Medical and sanitary report of the native army of Bengal for the year
Year: 1876
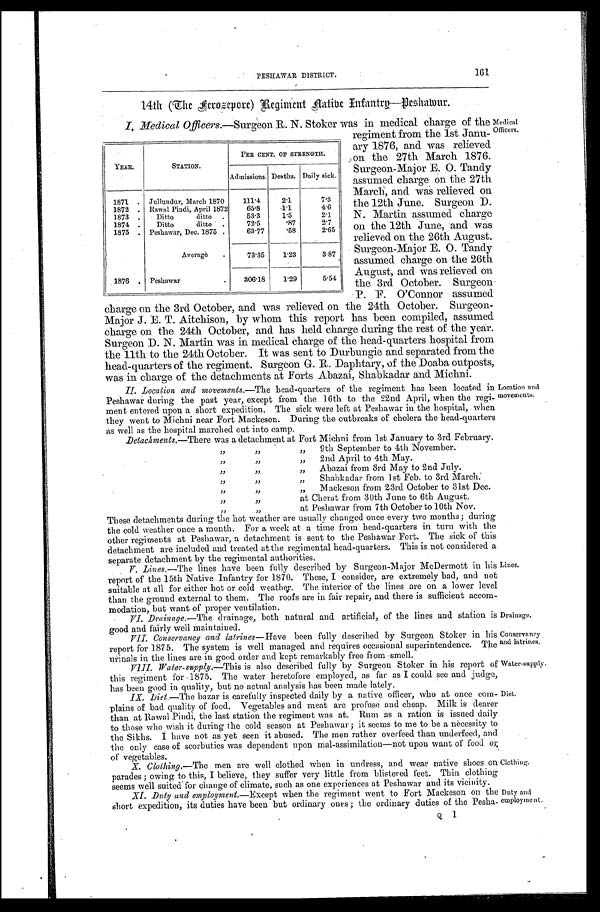
PESHAWAR DISTRICT.
161
14th (The Aerozepore) Regiment Native Infantry—Peshwar.
I. Medical Officers.—Surgeon R. N. Stoker was in medical charge of the
regiment from the 1st Janu
- ary 1876, and was relieved
on the 27th March 1876.
Surgeon-Major E. O. Tandy
assumed charge on the 27th
March, and was relieved on
the 12th June. Surgeon D.
N. Martin assumed charge
on the 12th June, and was
relieved on the 26th August.
Surgeon-Major E. O. Tandy
assumed charge on the 26th
August, and was relieved on
the 3rd October. Surgeon
P. F. O'Connor assumed
charge on the 3rd October, and was relieved on the 24th October. Surgeon-
Major J. E. T. Aitchison, by whom this report has been compiled, assumed
charge on the 24th October, and has held charge during the rest of the year.
Surgeon D. N. Martin was in medical charge of the head-quarters hospital from
the 11th to the 24th October. It was sent to Durbungie and separated from the
head-quarters of the regiment. Surgeon G. R. Daphtary, of the Doaba outposts,
was in charge of the detachments at Forts Abazai, Shabkadar and Michni.
II. Location and movements. —The head-quarters of the regiment has been located in
Peshawar during the past year, except from the 16th to the 22nd April, when the regi
-ment entered upon a short expedition. The sick were left at Peshawar in the hospital, when
they went to Michni near Fort Mackeson. During the outbreaks of cholera the head-quarters
as well as the hospital marched out into camp.
Detachments.—There was a detachment at Fort Michni from 1st January to 3rd February.
„ „ „ 9th September to 4th November.
„ „ „ 2nd April to 4th May.
„ „ „ A b a z a i f r o m 3 r d M a y t o 2 n d J u l y .
„ „ „ Shabkadar from 1st Feb. to 3rd March.
„ „ „ M a c k e s o n f r o m 2 3 r d O c t o b e r t o 3 1 s t D e c .
„ „ a t C h e r a t f r o m 3 0 t h J u n e t o 6 t h A u g u s t .
„ „ at Peshawar from 7th October to 10th Nov.
These detachments during the hot weather are usually changed once every two months; during
the cold weather once a month. For a week at a time from head-quarters in turn with the
other regiments at Peshawar, a detachment is sent to the Peshawar Fort. The sick of this
detachment are included and treated at the regimental head-quarters. This is not considered a
separate detachment by the regimental authorities.
V. Lines.—The lines have been fully described by Surgeon-Major McDermott in his
report of the 15th Native Infantry for 1870. These, I consider, are extremely bad, and not
suitable at all for either hot or cold weather. The interior of the lines are on a lower level
than the ground external to them. The roofs are in fair repair, and there is sufficient accom
-modation, but want of proper ventilation.
VI. Drainage. —The drainage, both natural and artificial, of the lines and station is
good and fairly well maintained.
VII. Conservancy and latrines—Have been fully described by Surgeon Stoker in his
report for 1875. The system is well managed and requires occasional superintendence. The
urinals in the lines are in good order and kept remarkably free from smell.
VIII. Water-supply. —This is also described fully by Surgeon Stoker in his report of
this regiment for 1875. The water heretofore employed, as far as I could see and judge,
has been good in quality, but no actual analysis has been made lately.
IX. Diet. —The bazar is carefully inspected daily by a native officer, who at once com
-plains of bad quality of food. Vegetables and meat are profuse and cheap. Milk is dearer
than at Rawal Pindi, the last station the regiment was at. Rum as a ration is issued daily
to those who wish it during the cold season at Peshawar; it seems to me to be a necessity to
the Sikhs. I have not as yet seen it abused. The men rather overfeed than underfeed, and
the only case of scorbutics was dependent upon mal-assimilation—not upon want of food or
of vegetables.
X. Clothing.—The men are well clothed when in undress, and wear native shoes on
parades; owing to this, I believe, they suffer very little from blistered feet. Thin clothing
seems well suite for change of' climate, such as one experiences at Peshawar and its vicinity.
XI. Duty and employment. —Except when the regiment went to Fort Mackeson on the
short expedition, its duties have been but ordinary ones; the ordinary duties of the Pesha-
Q 1
YEAR.
STATION.
PER CENT. OF STRENGTH.
Admissions. Deaths. Daily sick.
1871
Jullundur, March 1870
111.4
2.1
7.3
1872
Rawal Pindi, April 1872
65.8
1.1
4.6
1873
Ditto ditto
53.3
1.5
2.1
1874
Ditto ditto
72.5
.87
2.7
1875
Peshawar, Dec. 1875
63.77
.58
2.65
Average
73.35
1.23
3.87
1876
Peshawar
306.18
1.29
5.54
Medical
Officers.
Location and
movements.
Lines.
Drainage.
Conservancy
and latrines.
Water-supply.
Diet.
Clothing.
Duty and
empl oyment .